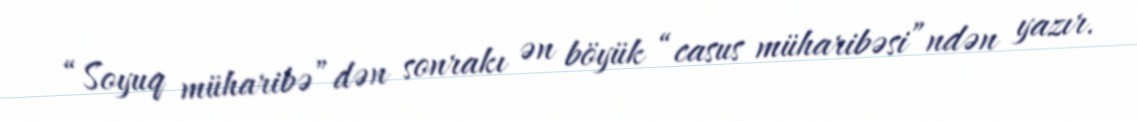
“Soyuq müharibə”dən sonrakı ən böyük “casus müharibəsi”ndən yazır.